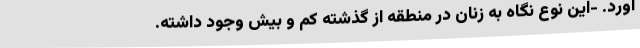
آورد‌. -این نوع نگاه به زنان در منطقه از گذشته کم و بیش وجود داشته.